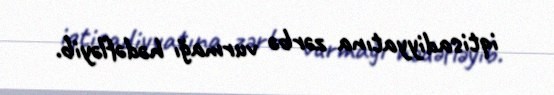
iqtisadiyyatına zərbə vurmağı hədəfləyib.